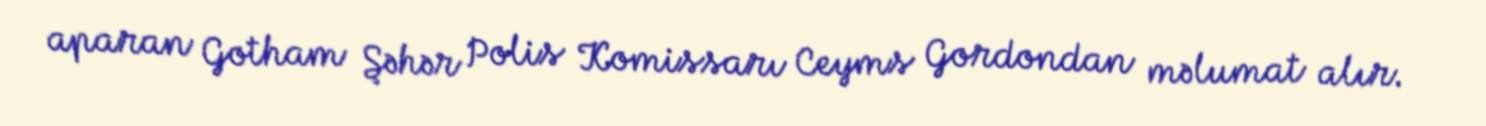
aparan Gotham Şəhər Polis Komissarı Ceyms Gordondan məlumat alır.